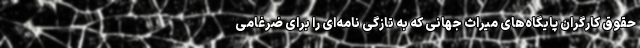
حقوق کارگران پایگاه‌های میراث جهانی که به تازگی نامه‌ای را برای ضرغامی